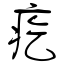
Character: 疙